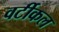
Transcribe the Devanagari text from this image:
वर्टीकल